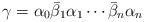
LaTeX: \begin{align*}\gamma=\alpha_0\bar\beta_1\alpha_1\cdots \bar\beta_{n}\alpha_n\end{align*}